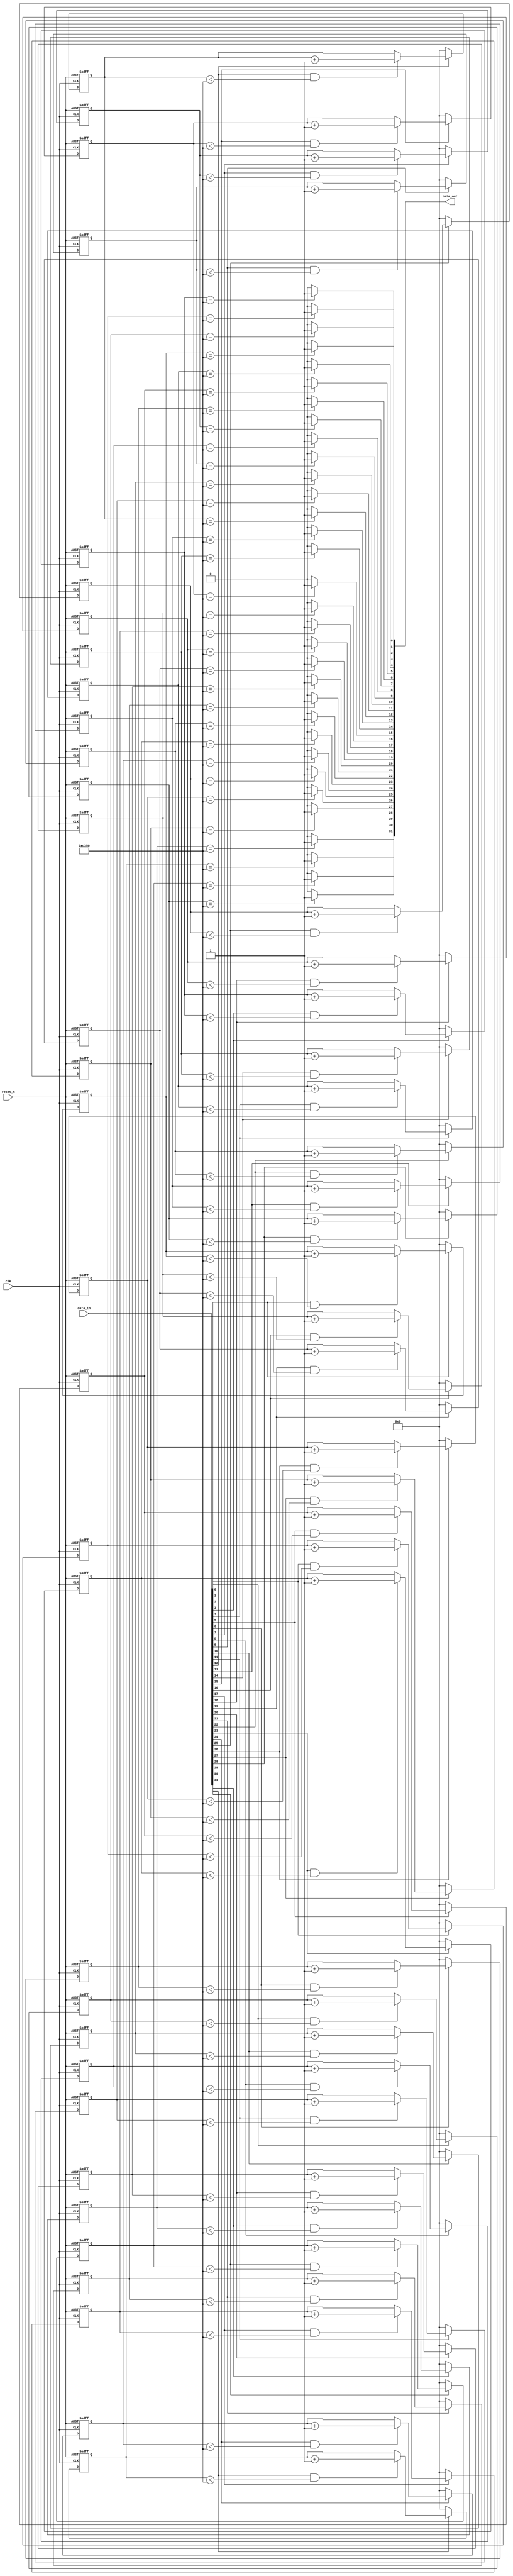
/*Copyright [2018] [Siddhant Mahapatra]

Licensed under the Apache License, Version 2.0 (the "License");
you may not use this file except in compliance with the License.
You may obtain a copy of the License at

    https://github.com/Robosid/Drone-Intelligence/blob/master/License.rtf
    https://github.com/Robosid/Drone-Intelligence/blob/master/License.pdf

Unless required by applicable law or agreed to in writing, software
distributed under the License is distributed on an "AS IS" BASIS,
WITHOUT WARRANTIES OR CONDITIONS OF ANY KIND, either express or implied.
See the License for the specific language governing permissions and
limitations under the License.
*/

module debounce (
  clk,
  reset_n,
  data_in,
  data_out
);

  parameter WIDTH = 32;           // set to be the width of the bus being debounced
  parameter POLARITY = "HIGH";    // set to be "HIGH" for active high debounce or "LOW" for active low debounce
  parameter TIMEOUT = 50000;      // number of input clock cycles the input signal needs to be in the active state
  parameter TIMEOUT_WIDTH = 16;   // set to be ceil(log2(TIMEOUT))
  
  input wire clk;
  input wire reset_n;
  
  input wire [WIDTH-1:0] data_in;
  output wire [WIDTH-1:0] data_out;
  
  reg [TIMEOUT_WIDTH-1:0] counter [0:WIDTH-1];
  wire counter_reset [0:WIDTH-1];
  wire counter_enable [0:WIDTH-1];
  
  // need one counter per input to debounce
  genvar i;
  generate for (i = 0; i < WIDTH; i = i+1)
  begin:  debounce_counter_loop
    always @ (posedge clk or negedge reset_n)
    begin
      if (reset_n == 0)
      begin
        counter[i] <= 0;
      end
      else
      begin
        if (counter_reset[i] == 1)  // resetting the counter needs to win
        begin
          counter[i] <= 0;
        end
        else if (counter_enable[i] == 1)
        begin
          counter[i] <= counter[i] + 1'b1;
        end
      end
    end
 
    if (POLARITY == "HIGH")
    begin
      assign counter_reset[i] = (data_in[i] == 0);
      assign counter_enable[i] = (data_in[i] == 1) & (counter[i] < TIMEOUT);
      assign data_out[i] = (counter[i] == TIMEOUT) ? 1'b1 : 1'b0;
    end
    else
    begin
      assign counter_reset[i] = (data_in[i] == 1);
      assign counter_enable[i] = (data_in[i] == 0) & (counter[i] < TIMEOUT);
      assign data_out[i] = (counter[i] == TIMEOUT) ? 1'b0 : 1'b1;    
    end
    
  end  
  endgenerate
  
endmodule